system: You are a helpful assistant.
user:
Analyze the provided spectrum to determine if it is a **"Cataclysmic Variables (CV)"**.

- **Key Indicators for CV (Check for either state):**
    - **State 1: Quiescent / Low-State (Emission-Dominated)**
        - **(Primary):** Strong and *very broad* Hydrogen Balmer emission lines (e.g., $H\alpha$ at 6563 Å, $H\beta$ at 4861 Å). The 'broadness' (high velocity dispersion, often FWHM > 1000 km/s) is the key diagnostic, indicating a high-velocity accretion disk.
        - **(Secondary):** Broad neutral Helium (He I) emission lines (e.g., 5876 Å, 6678 Å).
        - **(Key Confirmation):** Presence of high-excitation *ionized* Helium (He II) emission at 4686 Å. This is a strong indicator of accretion onto a white dwarf.
        - **(Line Profile):** Emission lines may exhibit a 'double-peaked' profile, which is a classic signature of a rotating accretion disk viewed at high inclination.

    - **State 2: Outburst / High-State (Absorption-Dominated)**
        - **(Primary):** Spectrum is dominated by a bright, blue continuum (looks like a hot star).
        - **(Secondary):** The emission lines from State 1 are weak, absent, or 'filled in', and are replaced by broad, shallow *absorption* lines (primarily Balmer and He I).
        - **(Morphology):** The overall spectrum mimics a hot B/A-type star. The crucial difference is that the absorption lines are significantly broader, shallower, and more 'washed-out' (or 'smeared') than the sharp lines of a normal stellar photosphere, due to high rotational speeds and pressure broadening in the disk.

Think first, call **spectral_visualization_tool** if needed to examine features in detail, then provide your final answer. Your response must adhere to the following strict rules:
1.  **Overall Structure:** Your response must follow the format `<think>...</think> <tool_call>...</tool_call> (if a tool is used) <answer>...</answer>`.
2.  **Tool Usage Constraint:** You may only make **one** tool call per turn.
3.  **Final Answer Format:** In the `<answer>` tag, your conclusion must be inside a `\boxed{}` command (e.g., `\boxed{YES}`), followed by your justification.

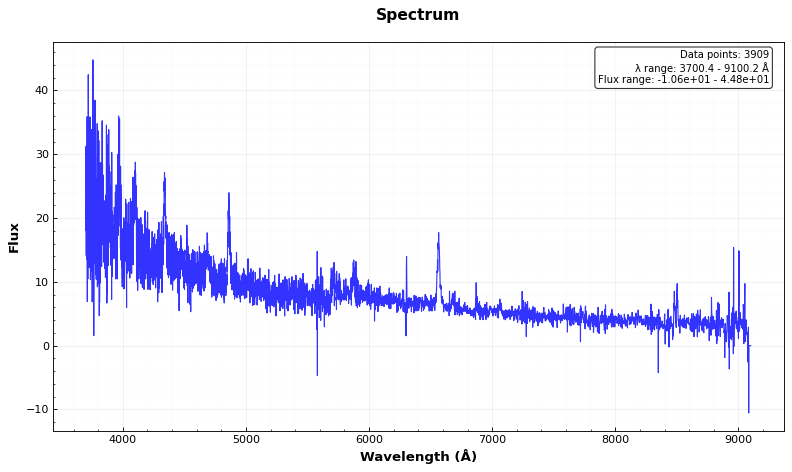
Answer: YES